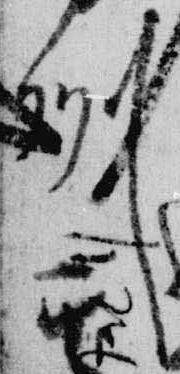
州